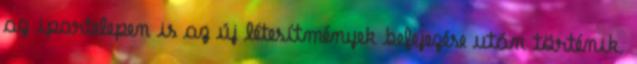
az ipartelepen is az új létesítmények befejezése után történik.